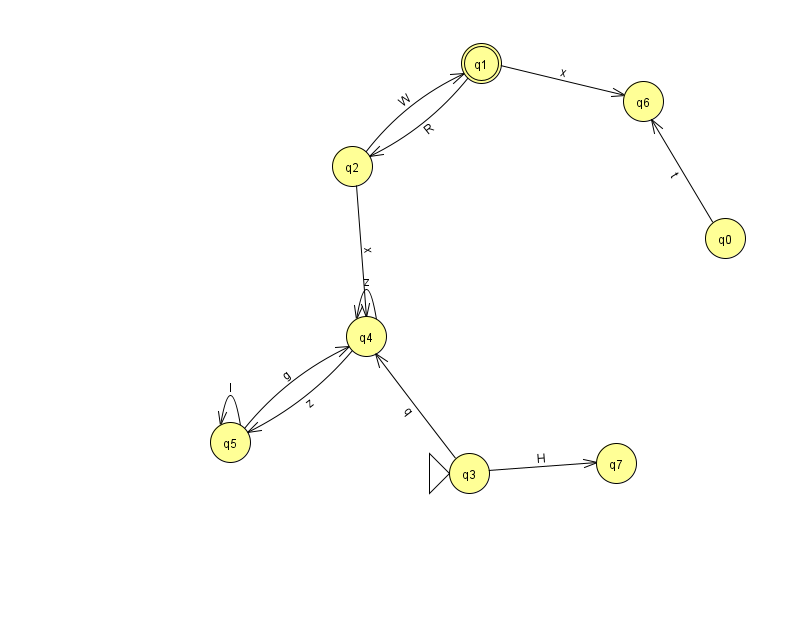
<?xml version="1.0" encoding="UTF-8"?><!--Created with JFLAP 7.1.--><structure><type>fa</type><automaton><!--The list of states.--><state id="0" name="q0"><x>725.0</x><y>225.0</y></state><state id="1" name="q1"><x>481.0</x><y>50.0</y><final/></state><state id="2" name="q2"><x>352.0</x><y>153.0</y></state><state id="3" name="q3"><x>469.0</x><y>460.0</y><initial/></state><state id="4" name="q4"><x>366.0</x><y>323.0</y></state><state id="5" name="q5"><x>230.0</x><y>429.0</y></state><state id="6" name="q6"><x>643.0</x><y>88.0</y></state><state id="7" name="q7"><x>616.0</x><y>450.0</y></state><!--The list of transitions.--><transition><from>1</from><to>2</to><read>R</read></transition><transition><from>1</from><to>6</to><read>x</read></transition><transition><from>4</from><to>5</to><read>z</read></transition><transition><from>2</from><to>1</to><read>W</read></transition><transition><from>5</from><to>5</to><read>I</read></transition><transition><from>4</from><to>4</to><read>z</read></transition><transition><from>2</from><to>4</to><read>x</read></transition><transition><from>0</from><to>6</to><read>t</read></transition><transition><from>3</from><to>4</to><read>q</read></transition><transition><from>3</from><to>7</to><read>H</read></transition><transition><from>5</from><to>4</to><read>g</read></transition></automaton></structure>